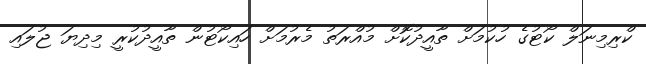
ކްރިމިނަލް ކޯޓުގެ ހުކުމަށް ތާއީދުކޮށް މުއްރަތު މެރުމަށް ހައިކޯޓުން ތާއީދުކުރީ މިދިޔަ ޖުލައި